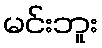
မင်းဘူး